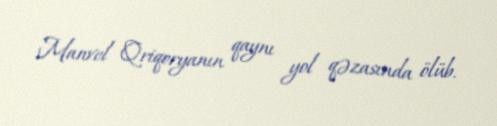
Manvel Qriqoryanın qaynı yol qəzasında ölüb.